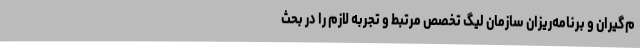
م‌گیران و برنامه‌ریزان سازمان لیگ تخصص مرتبط و تجربه لازم را در بحث